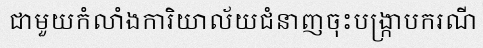
ជាមួយកំលាំងការិយាល័យជំនាញចុះបង្ក្រាបករណី